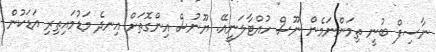
ނާސިފް ބުނީ ތިމަންނަމެން ނޫސް ހުއްޓާލަނީއޭ. ޔޫނުސް އިންގޮތަށް އިނދެ މަޑުމައިތިރި އަޑަކުން